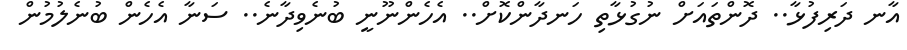
އާނ ދަރިފުޅާ.. ދޮންތައަށް ނުގުޅާތި ހަނދާންކޮށް.. އެހެންނޫނީ ބުނެވިދާނެ.. ސަނާ އެހެން ބުނެލުމުން